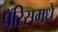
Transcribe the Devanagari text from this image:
पॅरिसमधे